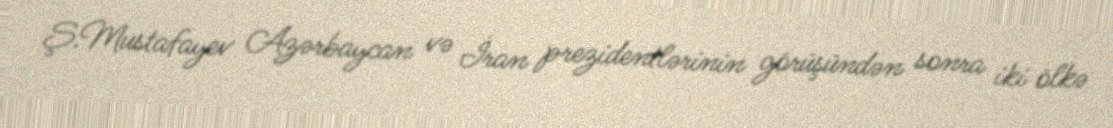
Ş.Mustafayev Azərbaycan və İran prezidentlərinin görüşündən sonra iki ölkə